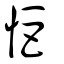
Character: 怇